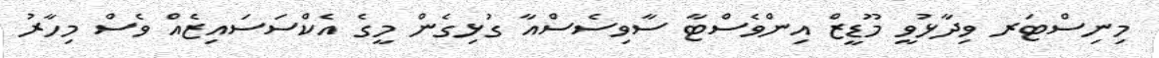
މިނިސްޓަރ ވިދާޅުވީ މޫޑީޒް އިންވެސްޓާ ސާވިސެސްއާ ގުޅިގެން މީގެ އެކްސަސައިޒެއް ވެސް މިހާރު